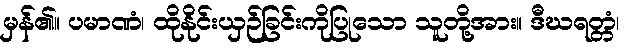
မှန်၏။ ပမာဏံ၊ ထိုနိုင်းယှဉ်ခြင်းကိုပြုသော သူတို့အား။ ဒီဃရတ္တံ၊